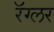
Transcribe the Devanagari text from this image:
रॅग्लर